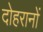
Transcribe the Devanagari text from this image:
दोहरानों